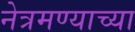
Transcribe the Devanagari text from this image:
नेत्रमण्याच्या